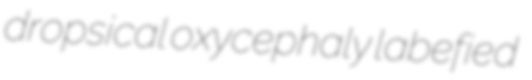
dropsical oxycephaly labefied